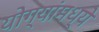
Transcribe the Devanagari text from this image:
योग्यांमध्ये